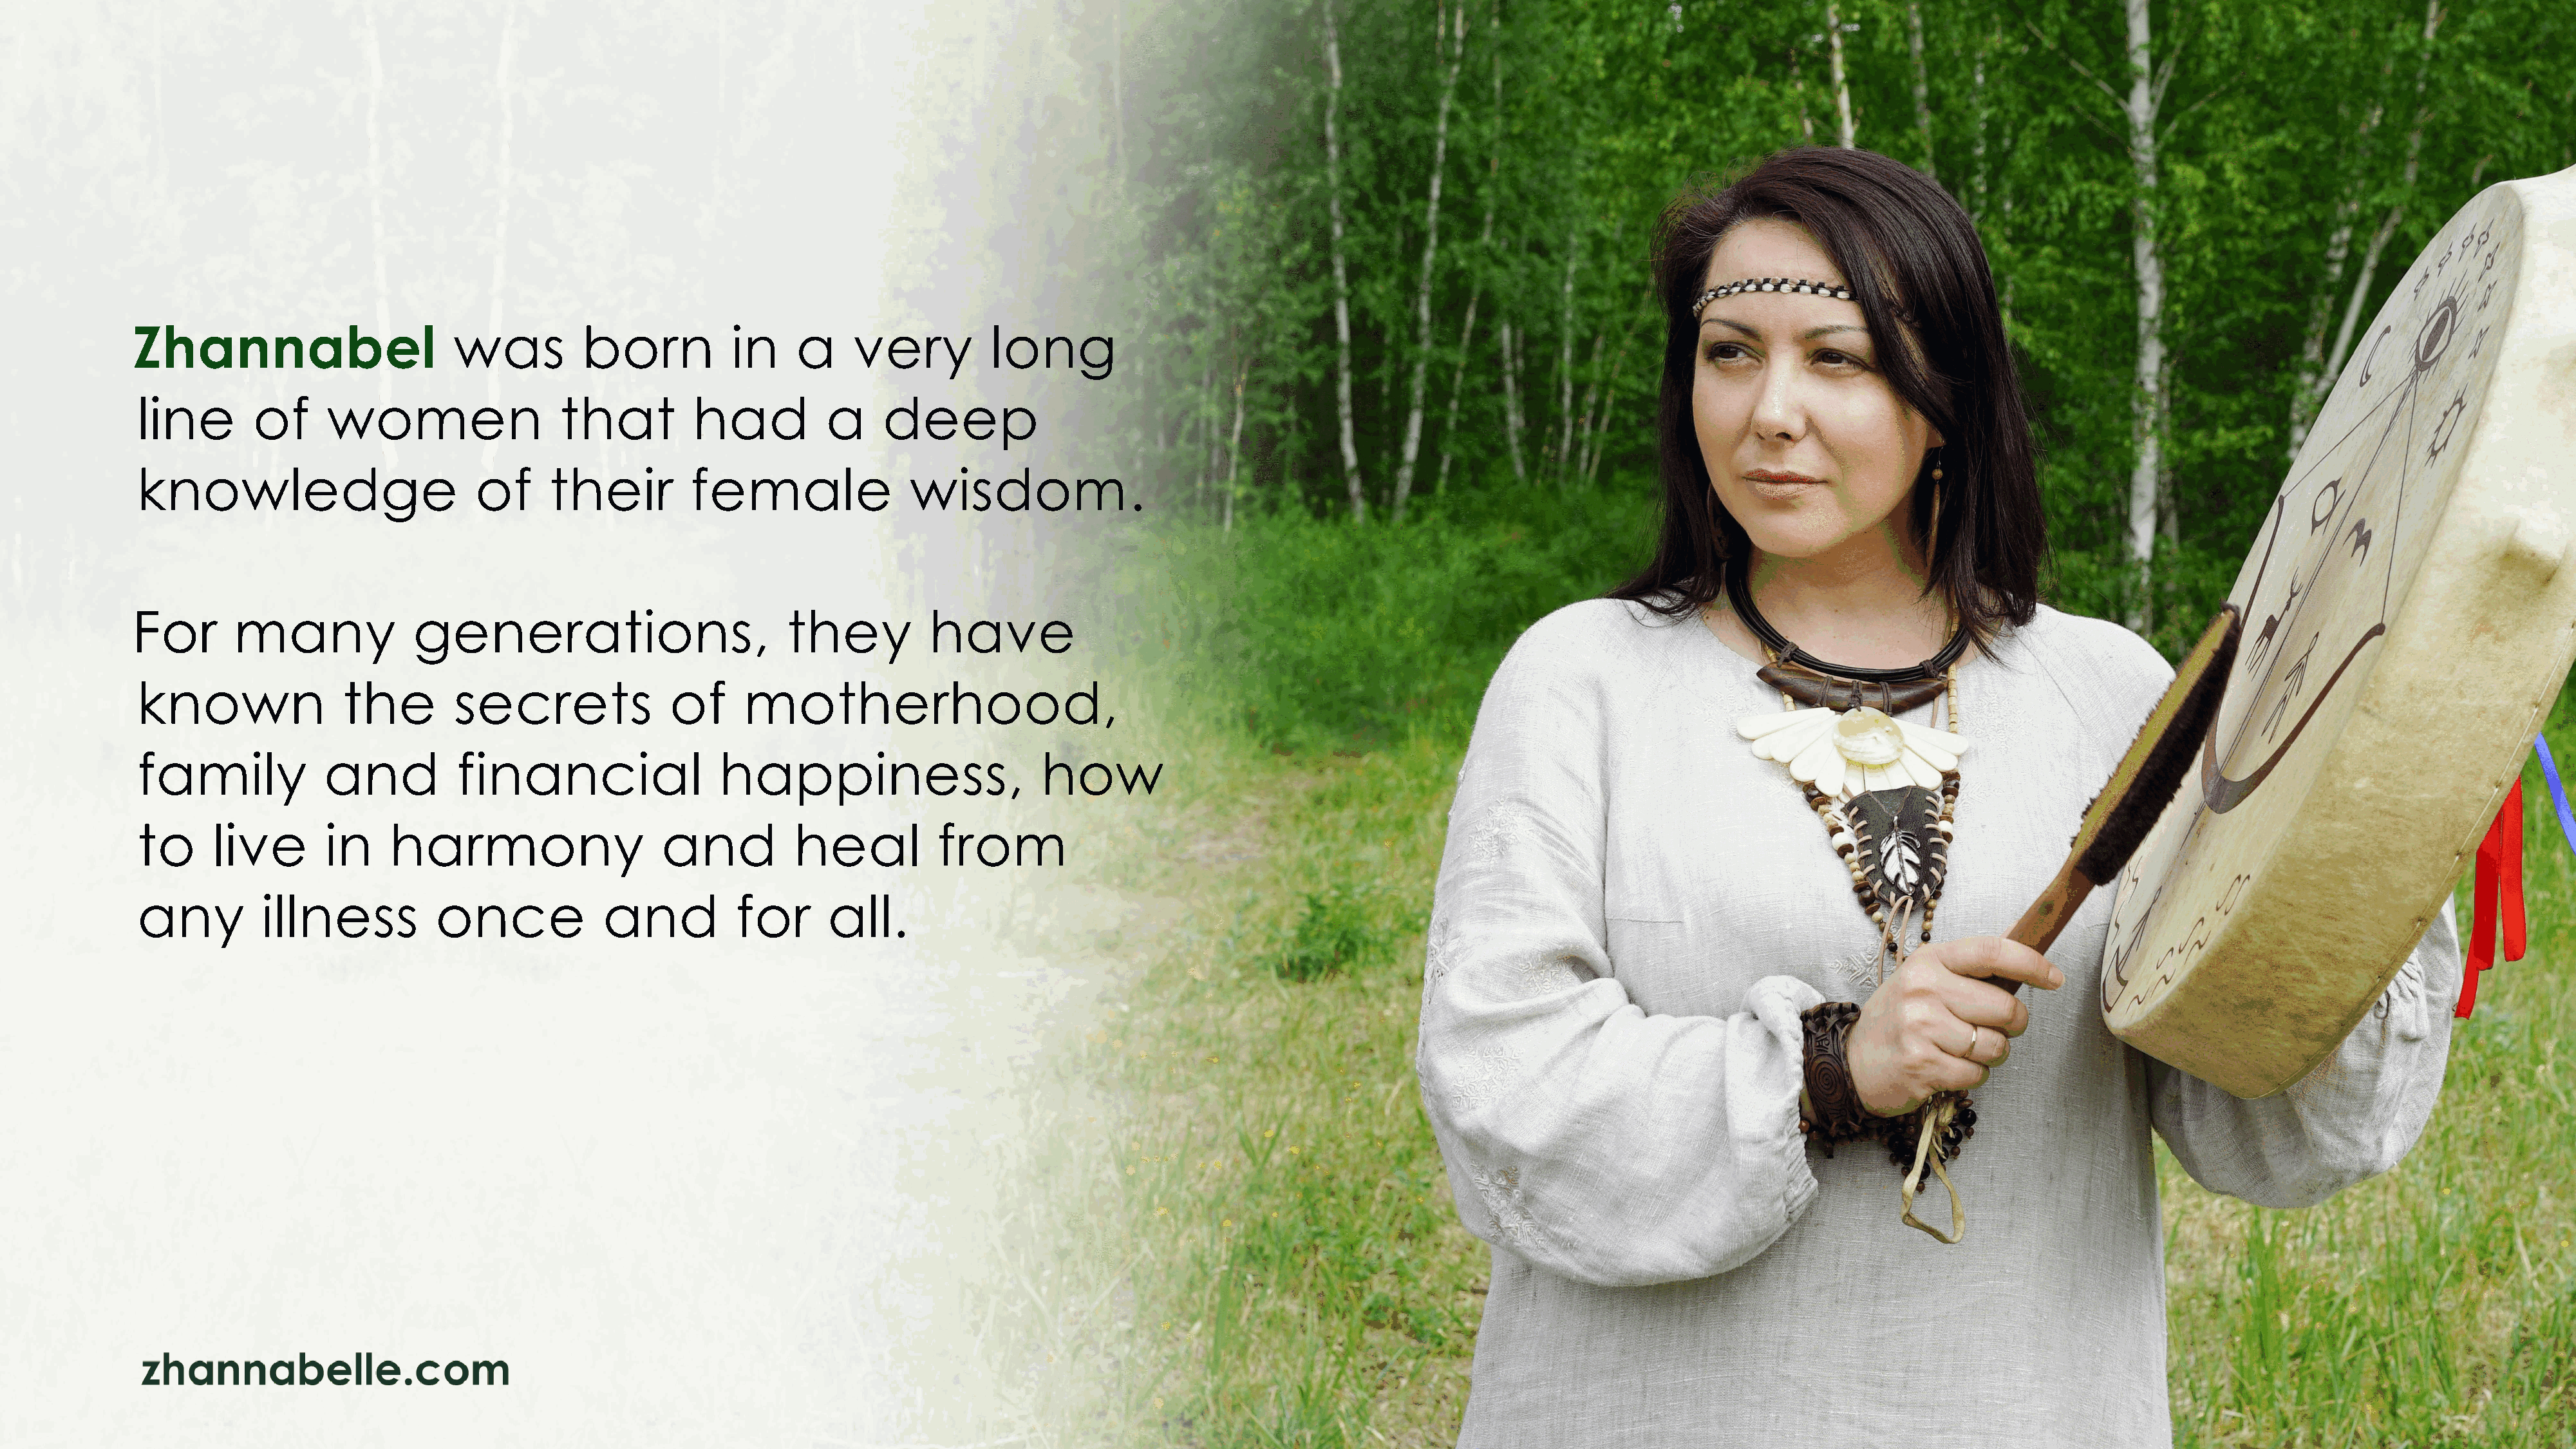
Zhannabel                        was          born           in     a     very          long
 line        of      women                   that         had           a     deep
 knowledge                          of     their          female                 wisdom.
 For       many              generations,                           they           have
 known                the         secrets               of     motherhood,
 family             and           financial                  happiness,                       how
 to      live       in     harmony                     and           heal          from
 any          illness           once             and           for      all.